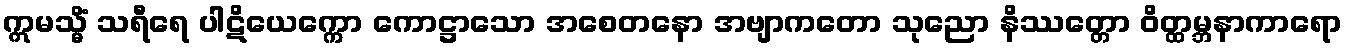
ဣမသ္မိံ သရီရေ ပါဋိယေက္ကော ကောဋ္ဌာသော အစေတနော အဗျာကတော သုညော နိဿတ္တော ဝိတ္ထမ္ဘနာကာရော